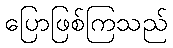
ပြောဖြစ်ကြသည်